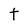
Character: t